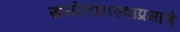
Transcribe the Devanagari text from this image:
खगोलशास्त्राप्रमाणे